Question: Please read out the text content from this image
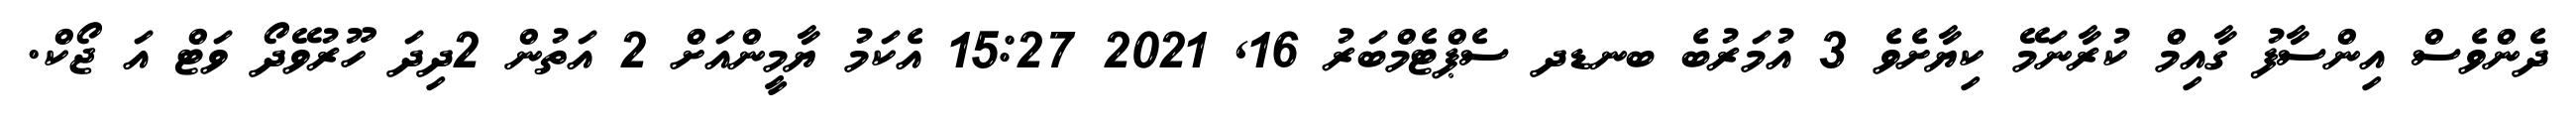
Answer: ދެންވެސް އިންސާފު ގާއިމް ކުރާނަމޭ ކިޔާށެވެ 3 އުމަރުބެ ބނޑދ ސެޕްޓެމްބަރު 16, 2021 15:27 އެކަމު ޔާމީންއަށް 2 އަތުން 2ދިދަ ހޫރުވޭދޯ ވަޓް އަ ޖޯކް.